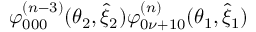
\varphi _ { 0 0 0 } ^ { ( n - 3 ) } ( \theta _ { 2 } , \hat { \xi } _ { 2 } ) \varphi _ { 0 \nu + 1 0 } ^ { ( n ) } ( \theta _ { 1 } , \hat { \xi } _ { 1 } )